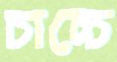
চাচ্চে